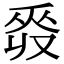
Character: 𠭡